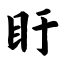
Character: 盱